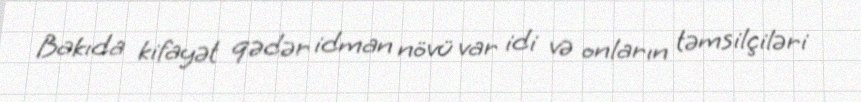
Bakıda kifayət qədər idman növü var idi və onların təmsilçiləri